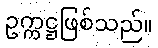
ဥက္ကဋ္ဌဖြစ်သည်။